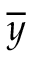
\overline { { y } }